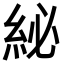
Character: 𮈊